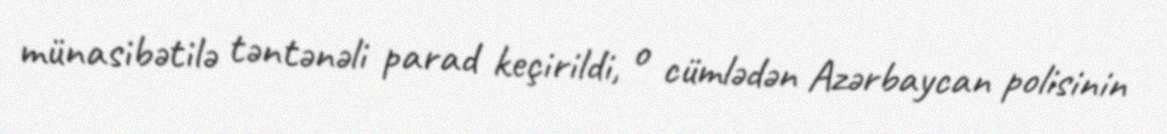
münasibətilə təntənəli parad keçirildi, o cümlədən Azərbaycan polisinin